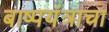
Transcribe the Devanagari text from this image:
बाष्पयंत्राचा